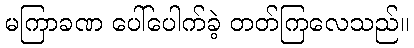
မကြာခဏ ပေါ်ပေါက်ခဲ့ တတ်ကြလေသည်။